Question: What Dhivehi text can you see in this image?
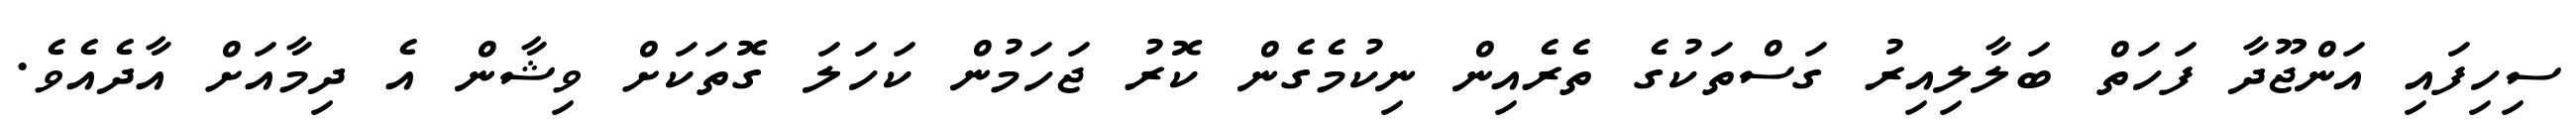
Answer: ސިހިފައި އަންޖޫދާ ފަހަތް ބަލާލިއިރު ގަސްތަކުގެ ތެރެއިން ނިކުމެގެން ކޮރު ޖަހަމުން ކަހަލަ ގޮތަކަށް ވިޝާން އެ ދިމާއަށް އާދެއެވެ.